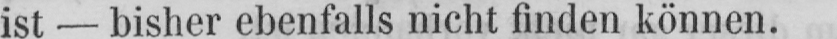
ist - bisher ebenfalls nicht finden können.